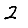
Digit: 2